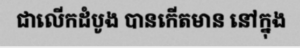
ជាលើកដំបូង បានកើតមាន នៅក្នុង